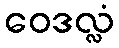
ဝေဒလ္လံ